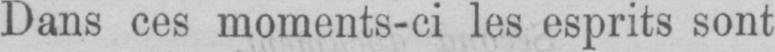
Dans ces moments-ci les esprits sont